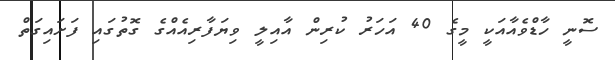
ސޮނީ ހާޑްވެއާއަކީ މީގެ 40 އަހަރު ކުރިން އާއިލީ ވިޔަފާރިއެއްގެ ގޮތުގައި ފަށައިގަތް